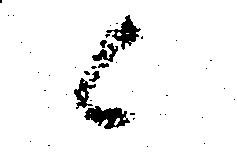
候